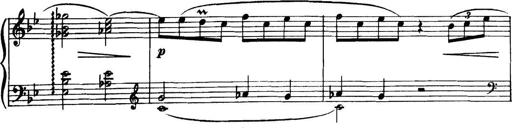
Title: Piano Sonatina in G minor
Composer: John Blackwood McEwen
Key: G minor